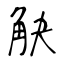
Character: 觖